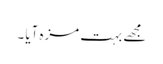
مجھے بہت مزہ آیا ۔